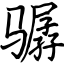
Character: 骣